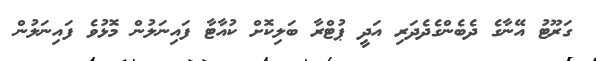
ގަރޫޓު އޭނާގެ ދެބެންގެދެދަރި އަދީ ޕުޓްރާ ބަލިކޮށް ކުއާޓާ ފައިނަލުން މޮޅުވެ ފައިނަލުން